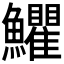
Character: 𩽩